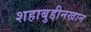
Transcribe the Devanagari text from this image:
शहाबुद्दीनखान